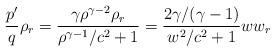
LaTeX: \begin{align*}\frac{{p}^{\prime}}{q}\rho_{r}=\frac{\gamma\rho^{\gamma-2}\rho_{r}}{\rho^{\gamma-1}/c^{2}+1}=\frac{2\gamma/(\gamma-1)}{w^{2}/c^{2}+1}ww_{r}\end{align*}